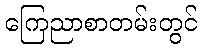
ကြေညာစာတမ်းတွင်